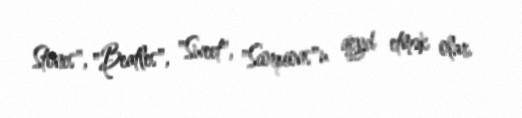
Stones", "Beatles", "Sweet", "Scorpions"u qeyd etmək olar.